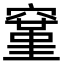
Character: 𬔐